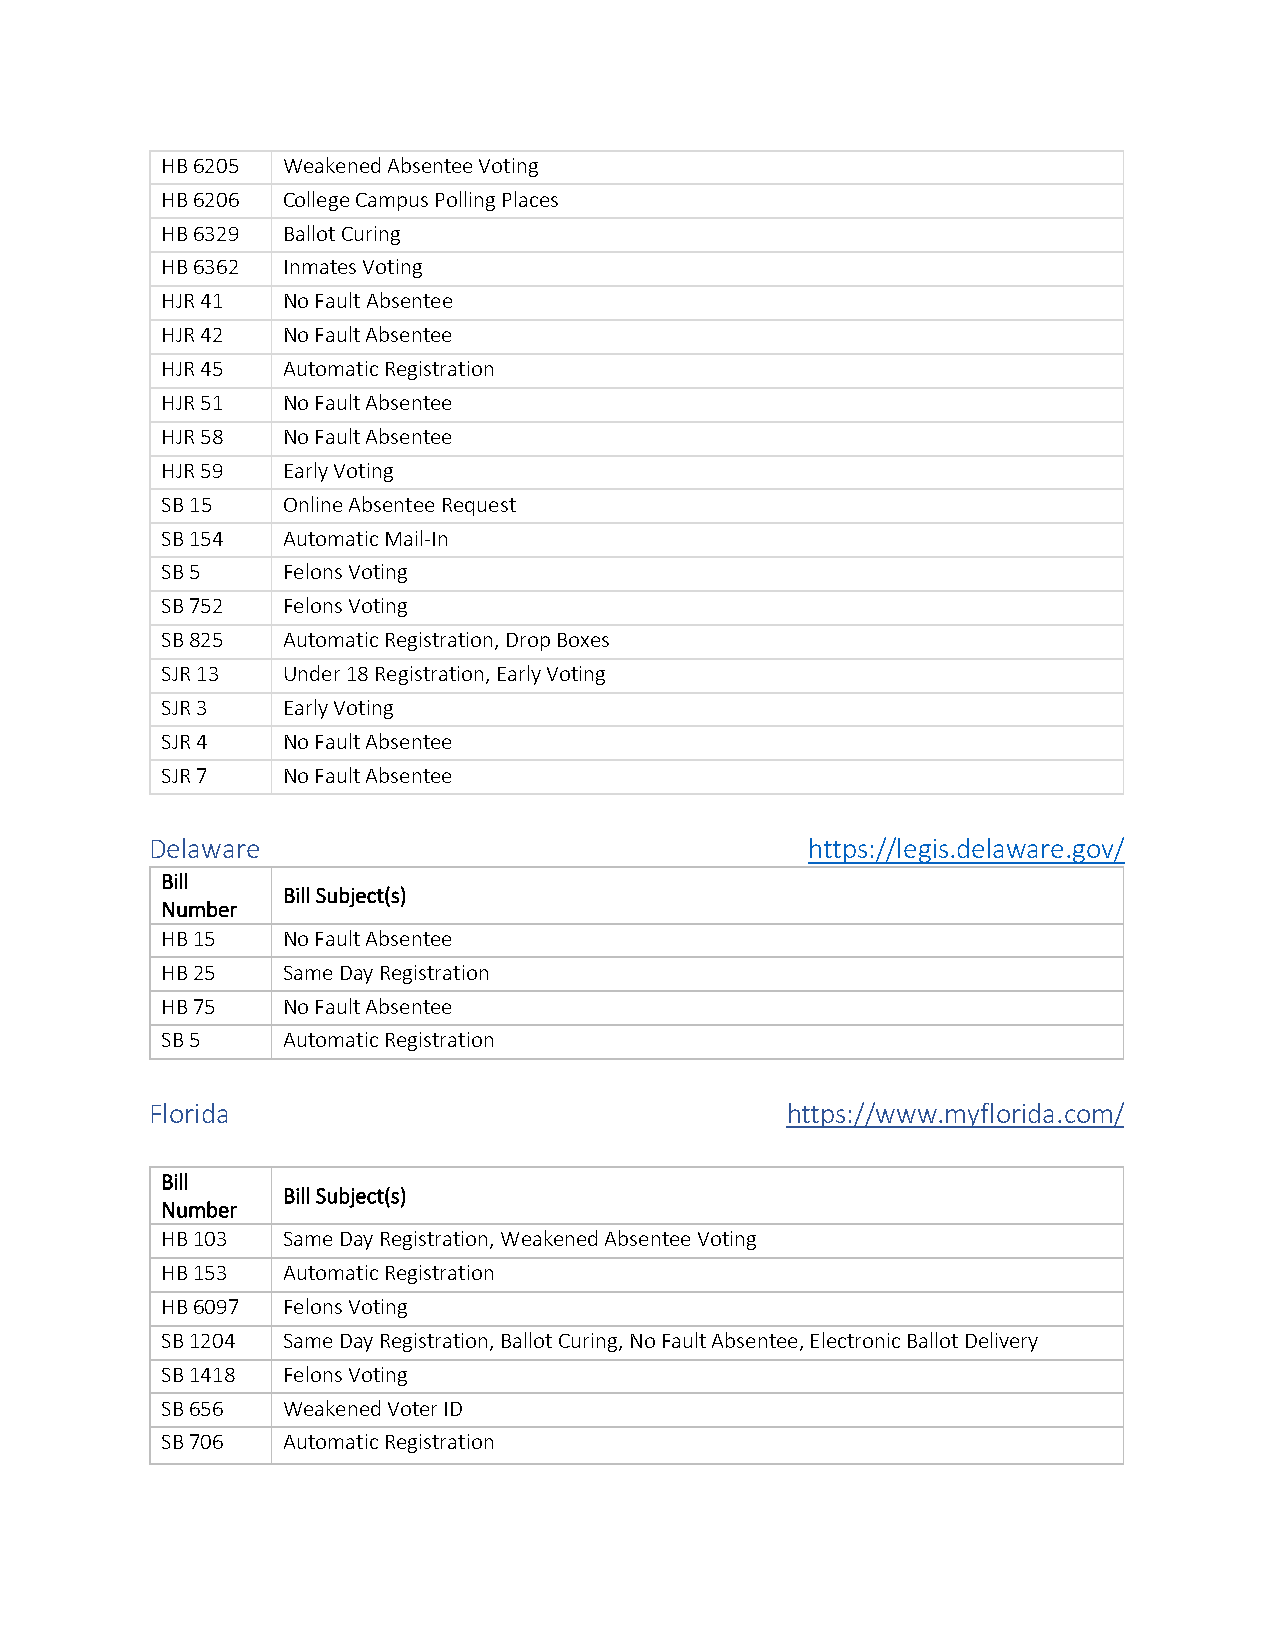
HB 6205 Weakened Absentee Voting
 HB 6206 College Campus Polling Places
 HB 6329 Ballot Curing
 HB 6362 Inmates Voting
 HJR 41  No Fault Absentee
 HJR 42  No Fault Absentee
 HJR 45  Automatic Registration
 HJR 51  No Fault Absentee
 HJR 58  No Fault Absentee
 HJR 59  Early Voting
 SB 15   Online Absentee Request
 SB 154  Automatic Mail-In
 SB 5    Felons Voting
 SB 752  Felons Voting
 SB 825  Automatic Registration, Drop Boxes
 SJR 13  Under 18 Registration, Early Voting
 SJR 3   Early Voting
 SJR 4   No Fault Absentee
 SJR 7   No Fault Absentee
 Delaware                                   https://legis.delaware.gov/
 Bill
 Bill Subject(s)
 Number
 HB 15   No Fault Absentee
 HB 25   Same Day Registration
 HB 75   No Fault Absentee
 SB 5    Automatic Registration
 Florida                                   https://www.myflorida.com/
 Bill
 Bill Subject(s)
 Number
 HB 103  Same Day Registration, Weakened Absentee Voting
 HB 153  Automatic Registration
 HB 6097 Felons Voting
 SB 1204 Same Day Registration, Ballot Curing, No Fault Absentee, Electronic Ballot Delivery
 SB 1418 Felons Voting
 SB 656  Weakened Voter ID
 SB 706  Automatic Registration